Regulations for the medical services of the Army of India
Year: 1930
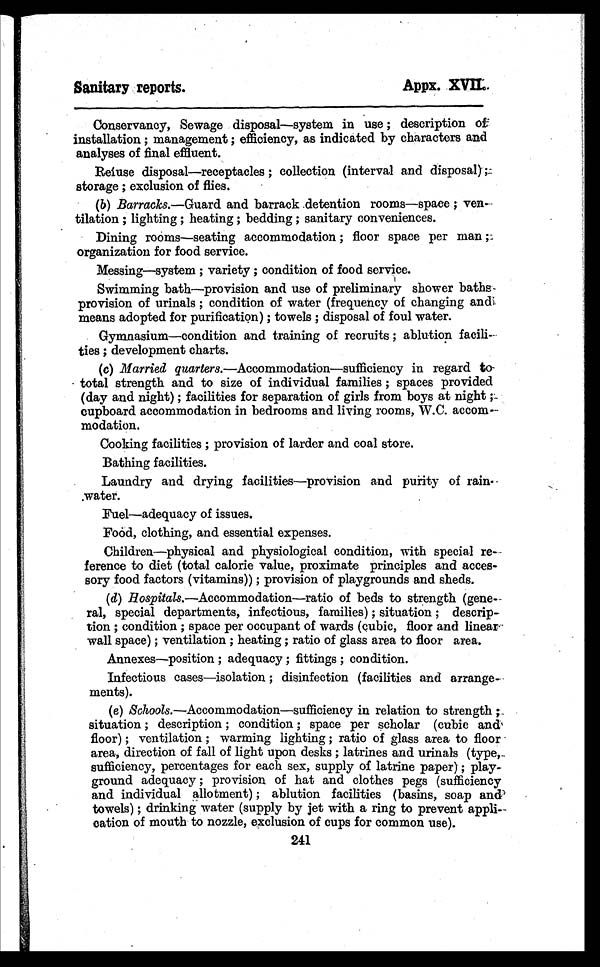
Sanitary reports.
Appx. XVII.
Conservancy, Sewage disposal—system in use ; description of
installation ; management ; efficiency, as indicated by characters and
analyses of final effluent.
Refuse disposal—receptacles ; collection (interval and disposal) ;
storage ; exclusion of flies.
(b)
Barracks.—Guard and barrack detention rooms—space ; ven-
tilation ; lighting ; heating ; bedding ; sanitary conveniences.
Dining rooms—seating accommodation ; floor space per man ;
organization for food service.
Messing—system ; variety ; condition of food service.
Swimming bath—provision and use of preliminary shower baths
provision of urinals ; condition of water (frequency of changing and
means adopted for purification) ; towels ; disposal of foul water.
Gymnasium—condition and training of recruits ; ablution facili-
ties ; development charts.
(c)
Married quarters.—Accommodation—sufficiency in regard to
- total strength and to size of individual families ; spaces provided
(day and night) ; facilities for separation of girls from boys at night
cupboard accommodation in bedrooms and living rooms, W.C. accom-
modation.
Cooking facilities ; provision of larder and coal store.
Bathing facilities.
Laundry and drying facilities—provision and purity of
rain-water.
Fuel—adequacy of issues.
Food, clothing, and essential expenses.
Children—physical and physiological condition, with special re-
ference to diet (total calorie value, proximate principles and acces-
sory food factors (vitamins)) ; provision of playgrounds and sheds.
(d)
Hospitals.—Accommodation—ratio of beds to strength (gene-
ral, special departments, infectious, families) ; situation ; descrip-
tion ; condition ; space per occupant of wards (cubic, floor and linear
wall space) ; ventilation ; heating ; ratio of glass area to floor area.
Annexes—position ; adequacy ; fittings ; condition.
Infectious cases—isolation ; disinfection (facilities and arrange-
ments).
(e) Schools.—Accommodation—sufficiency in relation to strength ;
situation ; description ; condition ; space per scholar (cubie and
floor) ; ventilation ; warming lighting ; ratio of glass area to floor
area, direction of fall of light upon desks ; latrines and urinals (type,
sufficiency, percentages for each sex, supply of latrine paper) ; play-
ground adequacy ; provision of hat and clothes pegs (sufficiency
and individual allotment) ; ablution facilities (basins, soap and
towels) ; drinking water (supply by jet with a ring to prevent appli-
cation of mouth to nozzle, exclusion of cups for common use).
241